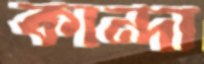
কান্দা